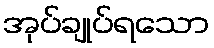
အုပ်ချုပ်ရသော